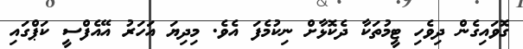
ގޮވައިގެން ދިވެހި ޓީމުތަކާ ދެކޮޅާށް ނިކުމެފަ އެވެ. މިދިޔަ އަހަރު އޭއެފްސީ ކަޕްގައި